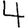
Digit: 4